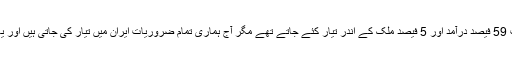
انہوں نے مزید کہا کہ اسلامی انقلاب سے پہلے ہمارے ہتھیار اور آلات 59 فیصد درآمد اور 5 فیصد ملک کے اندر تیار کئے جاتے تھے مگر آج ہماری تمام ضروریات ایران میں تیار کی جاتی ہیں اور یہ ایرانی قوم کی سائنسی، فوجی اور دفاعی طاقت کی عکاسی کرتی ہے۔